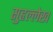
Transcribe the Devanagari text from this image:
सुहृल्लेख